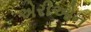
એરીઓન